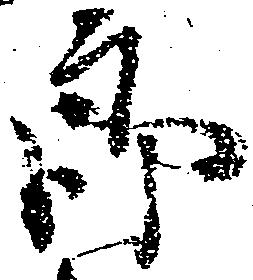
郎